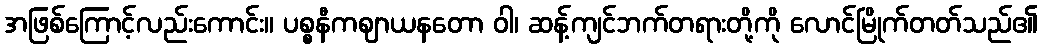
အဖြစ်ကြောင့်လည်းကောင်း။ ပစ္စနီကဈာယနတော ဝါ၊ ဆန့်ကျင်ဘက်တရားတို့ကို လောင်မြိုက်တတ်သည်၏